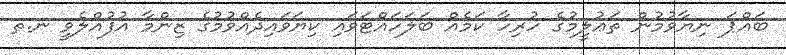
ބައްޕަ ނިޔާވުމުން ތަޢުލީމުގެ ހުރިހާ ކަމެއް ބަލަހައްޓަވައި ކިޔަވައިދެއްވުމުގެ ޒިންމާ އުފުއްލެވީ ނ.ތ